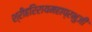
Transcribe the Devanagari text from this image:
श्रीहरिरायमहाप्रभुजी